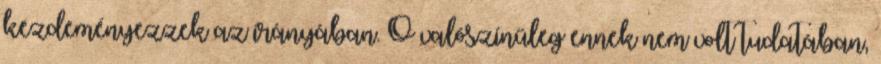
kezdeményezzek az irányában. Ő valószínűleg ennek nem volt tudatában,